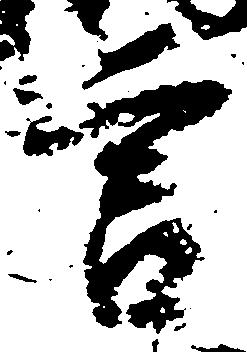
言